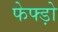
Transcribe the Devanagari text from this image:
फेफ्ड़ो